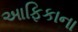
આફિકાના